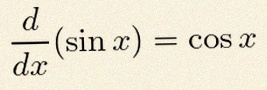
\frac{d}{dx}(\sin x)=\cos x